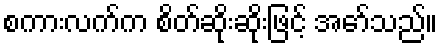
စကားလက်က စိတ်ဆိုးဆိုးဖြင့် အော်သည်။